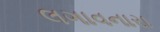
લગાવનારા